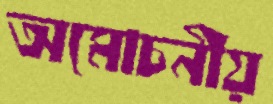
অমোচনীয়